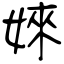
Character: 婡